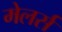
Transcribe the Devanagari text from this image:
मेलर्स